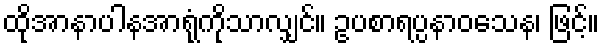
ထိုအာနာပါနအာရုံကိုသာလျှင်။ ဥပစာရပ္ပနာဝသေန၊ ဖြင့်။